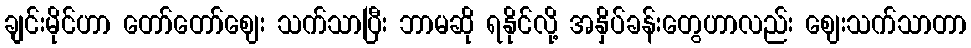
ချင်းမိုင်ဟာ တော်တော်ဈေး သက်သာပြီး ဘာမဆို ရနိုင်လို့ အနှိပ်ခန်းတွေဟာလည်း ဈေးသက်သာတာ